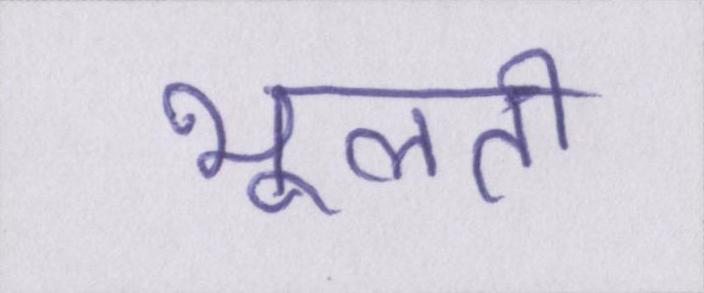
भूलती